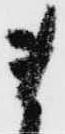
ま